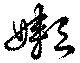
嬾